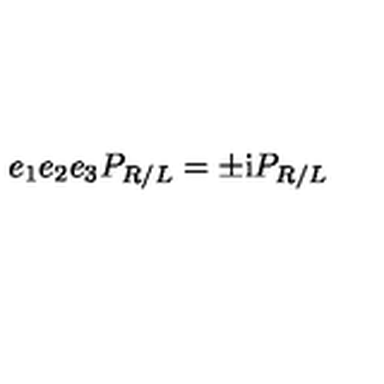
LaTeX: e _ { 1 } e _ { 2 } e _ { 3 } P _ { R / L } = \pm \mathrm { i } P _ { R / L }